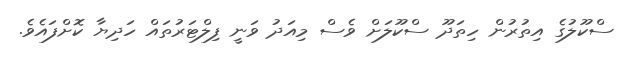
ސްކޫލުގެ އިތުރުން ހިތަދޫ ސްކޫލަށް ވެސް މިއަދު ވަނީ ފިލްޓަރުތައް ހަދިޔާ ކޮށްފައެވެ.